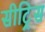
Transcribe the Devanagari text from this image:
सीट्रिस